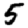
Digit: 5